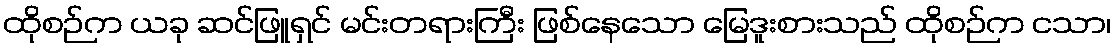
ထိုစဉ်က ယခု ဆင်ဖြူရှင် မင်းတရားကြီး ဖြစ်နေသော မြေဒူးစားသည် ထိုစဉ်က ငသာ၊